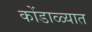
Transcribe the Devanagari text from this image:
कोंडाळ्यात